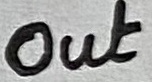
Text: Out